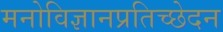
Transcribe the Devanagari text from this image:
मनोविज्ञानप्रतिच्छेदन